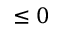
\leq 0